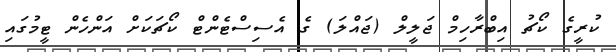
ކުރީގެ ކޯޗު އިބްރާހިމް ޖަލީލް (ޖައްލަ) ގެ އެސިސްޓެންޓް ކޯޗަކަށް އަންހެން ޓީމުގައި